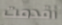
أقدمت